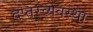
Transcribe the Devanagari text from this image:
दप्तरव्यवस्था